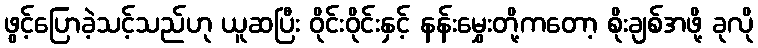
ဖွင့်ပြောခဲ့သင့်သည်ဟု ယူဆပြီး ဝိုင်းဝိုင်းနှင့် နန်းမွှေးတို့ကတော့ စိုးချစ်အဖို့ ခုလို